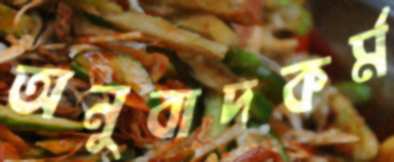
অনুবাদকর্ম